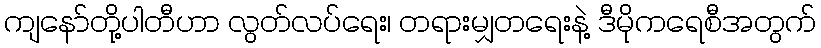
ကျနော်တို့ပါတီဟာ လွတ်လပ်ရေး၊ တရားမျှတရေးနဲ့ ဒီမိုကရေစီအတွက်